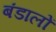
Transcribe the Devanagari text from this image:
बंडालों